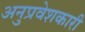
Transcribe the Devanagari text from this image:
अनुप्रवेशकारी